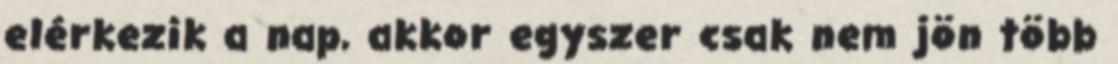
elérkezik a nap, akkor egyszer csak nem jön több